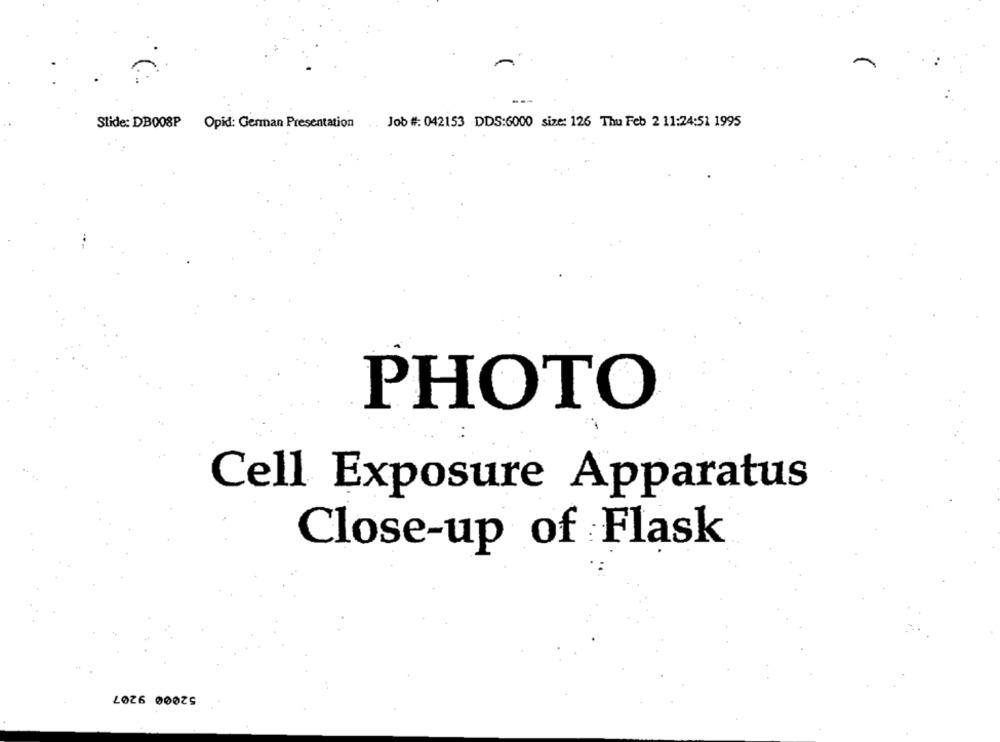
Stide: DB008P
Opid: German Presentation ..
Job #: 042153 DDS:6000 size: 126 Thu Feb 2 11:24:51 1995
PHOTO
Cell Exposure Apparatus
Close-up of Flask
52000 9207